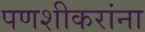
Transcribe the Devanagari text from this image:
पणशीकरांना